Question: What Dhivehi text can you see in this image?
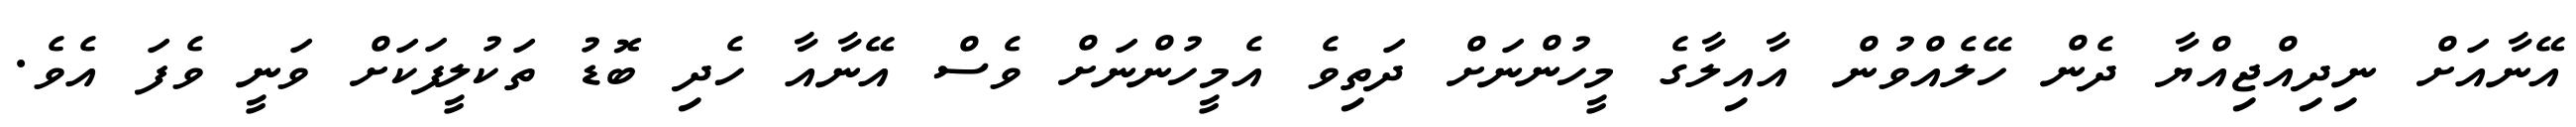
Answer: އޭނާއަށް ނިދިއްޖިއްޔާ ދެން ހޭލެއްވުން އާއިލާގެ މީހުންނަށް ދަތިވެ އެމީހުންނަށް ވެސް އޭނާއާ ހެދި ބޮޑު ތަކުލީފަކަށް ވަނީ ވެފަ އެވެ.